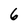
Character: 6